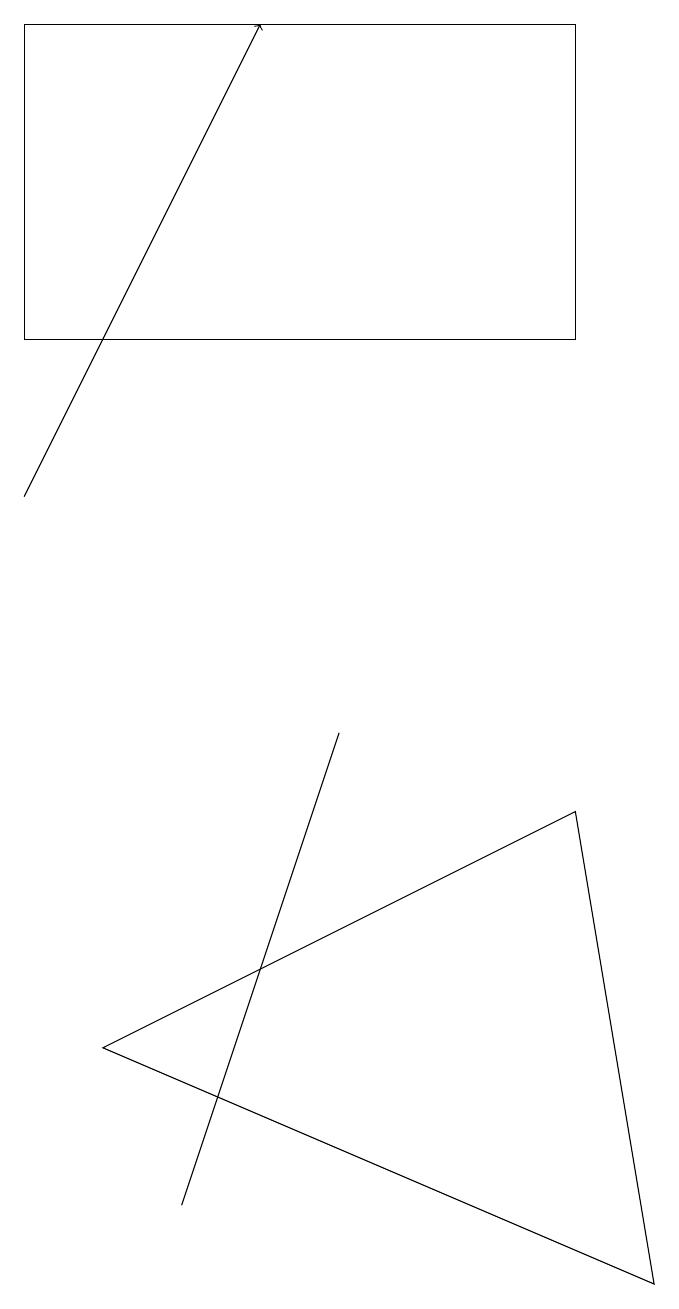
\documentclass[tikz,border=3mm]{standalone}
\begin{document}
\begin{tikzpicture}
\draw (0,12) rectangle (7,16);
\draw (2,1) -- (4,7) -- (2,1) -- cycle;
\draw (7,6) -- (8,0) -- (1,3) -- cycle;
\draw[->] (0,10) -- (3,16);
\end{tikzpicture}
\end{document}